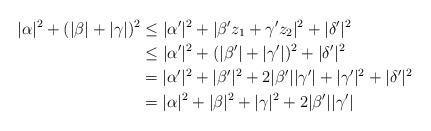
LaTeX: \begin{align*}|\alpha|^2+(|\beta|+|\gamma|)^2&\leq |\alpha' |^2+|\beta' z_1+\gamma' z_2|^2+|\delta' |^2\\&\leq |\alpha'|^2+(|\beta'|+|\gamma'|)^2+|\delta'|^2\\&=|\alpha'|^2+|\beta'|^2+2|\beta'| |\gamma'|+|\gamma'|^2+|\delta'|^2\\&=|\alpha|^2+|\beta|^2+|\gamma|^2+2|\beta'| |\gamma'|\end{align*}